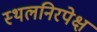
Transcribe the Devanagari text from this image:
स्थलनिरपेक्ष